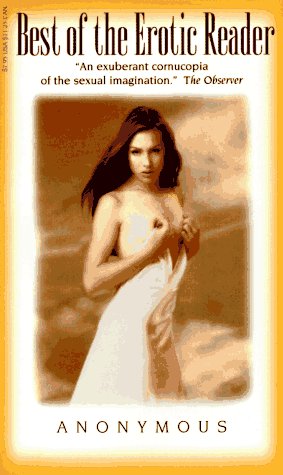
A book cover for The Best of the Erotic Reader (Victorian erotic classics) (v. 1); Anonymous; Romance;